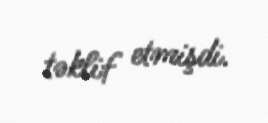
təklif etmişdi.